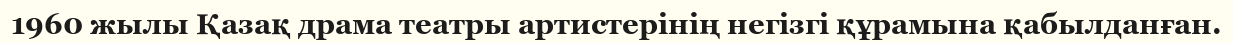
1960 жылы Қазақ драма театры артистерінің негізгі құрамына қабылданған.